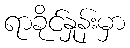
ရာခိုင်နှုန်းမှာ